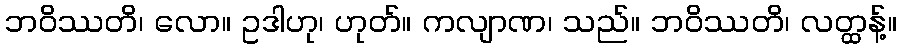
ဘဝိဿတိ၊ လော။ ဥဒါဟု၊ ဟုတ်။ ကလျာဏ၊ သည်။ ဘဝိဿတိ၊ လတ္ထန့်။